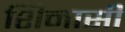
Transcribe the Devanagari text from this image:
शिनासी